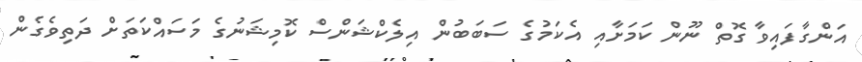
އަންގާފައިވާ ގޮތް ނޫން ކަމަށާއި އެކަމުގެ ސަބަބުން އިލެކްޝަންސް ކޮމިޝަނުގެ މަސައްކަތަށް ދަތިވެގެން